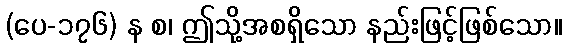
(ပေ-၁၇၆) န စ၊ ဤသို့အစရှိသော နည်းဖြင့်ဖြစ်သော။